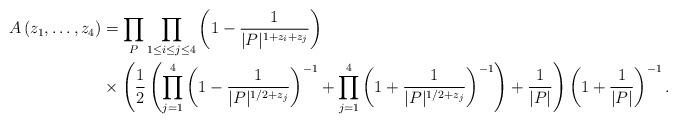
LaTeX: \begin{align*} A \left( z_1, \ldots, z_4 \right) &= \prod_{P} \prod_{1 \leq i \leq j \leq 4} \left( 1- \frac{1}{|P|^{1+z_i+z_j}} \right) \\ & \times \left( \frac{1}{2} \left( \prod_{j=1}^4 \left(1- \frac{1}{|P|^{1/2+z_j}} \right)^{-1} + \prod_{j=1}^4 \left(1+ \frac{1}{|P|^{1/2+z_j}} \right)^{-1} \right) +\frac{1}{|P|} \right) \left( 1+ \frac{1}{|P|} \right)^{-1}. \end{align*}